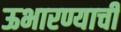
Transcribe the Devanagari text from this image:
ऊभारण्याची